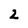
Character: 2